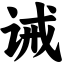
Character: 诫